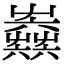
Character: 𡴫